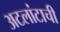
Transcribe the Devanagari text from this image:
अटलांटाची